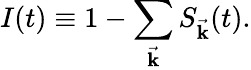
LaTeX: I(t)\equiv 1-\sum_{\vec{\mathbf{k}}}S_{\vec{\mathbf{k}}}(t).